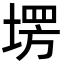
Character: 塄